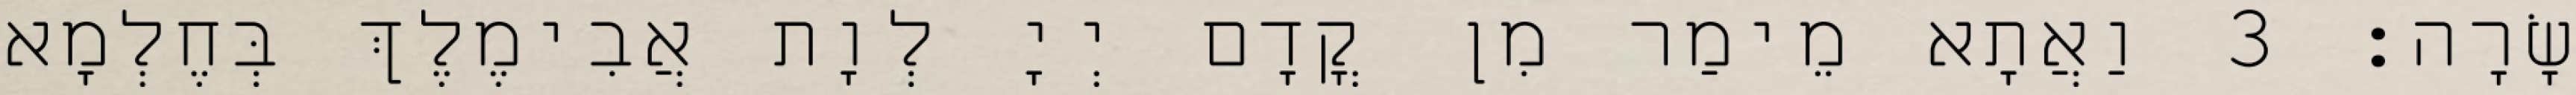
שָׂרָה׃ 3 וַאֲתָא מֵימַר מִן קֳדָם יְיָ לְוָת אֲבִימֶלֶךְ בְּחֶלְמָא